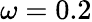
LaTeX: \omega=0.2